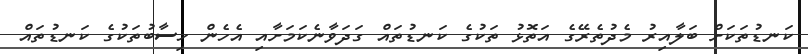
ކަނޑުތަކަށް ބަލާއިރު މެދުތެރޭގެ އަތޮޅު ތަކުގެ ކަނޑުތައް ގަދަވާނެކަމަށާއި އެހެން ހިސާބުތަކުގެ ކަނޑުތައް